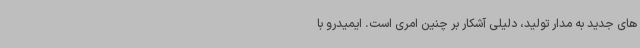
های جدید به مدار تولید، دلیلی آشکار بر چنین امری است. ایمیدرو با